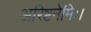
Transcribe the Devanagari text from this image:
अरिष्टनेमिः।